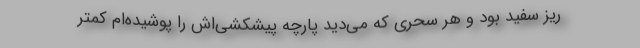
ریز سفید بود و هر سحری که می‌دید پارچه پیشکشی‌اش را پوشیده‌ام کمتر